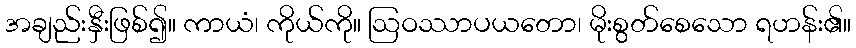
အချည်းနှီးဖြစ်၍။ ကာယံ၊ ကိုယ်ကို။ ဩဝဿာပယတော၊ မိုးစွတ်စေသော ရဟန်း၏။